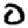
Digit: 0